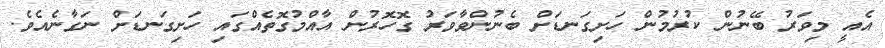
އެއީ މިވަރު ބޭނުން ކުރުމުން ހަށިގަނޑަށް ބެނުންވާވަރު ގޮހޮރުން އާއްމުގޮތެއްގައި ހަށިގަނޑަށް ނަގާނެއެވެ.